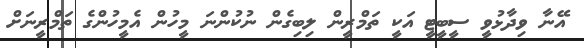
އޭނާ ވިދާޅުވީ ސީބީޓީ އަކީ ތަމްރީން ލިބިގެން ނުކުންނަ މީހުން އެމީހުންގެ ތަމްރީނަށް